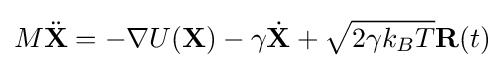
M{\ddot {\mathbf {X} }}=-\nabla U(\mathbf {X} )-\gamma {\dot {\mathbf {X} }}+{\sqrt {2\gamma k_{B}T}}{\textbf {R}}(t)